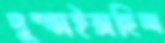
দুম্‌ড়াইয়াছিল